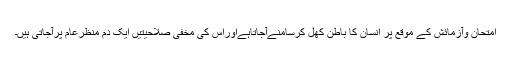
امتحان وآزمائش کے موقع پر انسان کا باطن کھل کرسامنےآجاتاہےاوراس کی مخفی صلاحیتیں ایک دم منظرِعام پرآجاتی ہیں۔